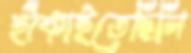
হাঁকাইতেছিলি